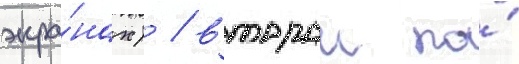
экра́нах) / второи по́